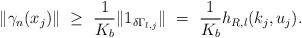
LaTeX: \begin{align*} \|\gamma_n(x_j)\| \ \ge\ \frac{1}{K_b}\|1_{\delta \Gamma_{l,j}}\|\ =\ \frac{1}{K_b}h_{R,l}(k_j,u_j).\end{align*}